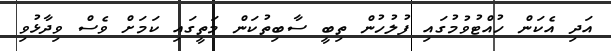
އަދި އެކަން ހުއްޓުވުމުގައި ފުލުުހުން ތިބީ ސާބިތުކަން މަތީގައި ކަމަށް ވެސް ވިދާޅުވި